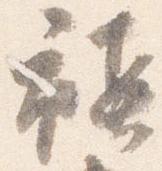
禎